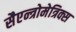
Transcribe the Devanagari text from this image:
सैएन्त्रोमेत्रिक्स